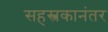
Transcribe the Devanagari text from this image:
सहस्त्रकानंतर